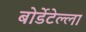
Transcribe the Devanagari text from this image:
बोर्डेटेल्ला